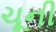
ચૂની